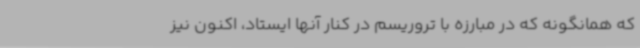
که همانگونه که در مبارزه با تروریسم در کنار آنها ایستاد، اکنون نیز